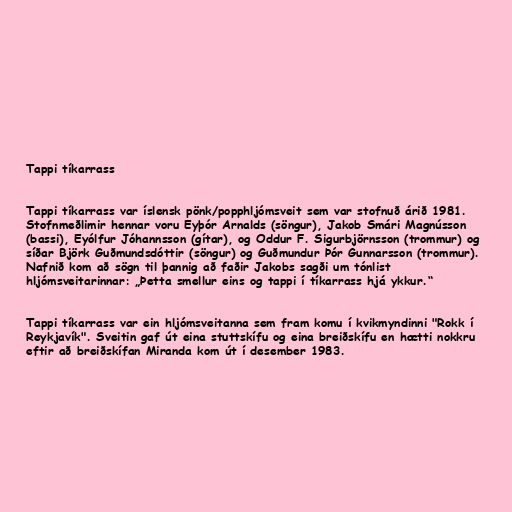
Tappi tíkarrass

Tappi tíkarrass var íslensk pönk/popphljómsveit sem var stofnuð árið 1981.
Stofnmeðlimir hennar voru Eyþór Arnalds (söngur), Jakob Smári Magnússon
(bassi), Eyólfur Jóhannsson (gítar), og Oddur F. Sigurbjörnsson (trommur) og
síðar Björk Guðmundsdóttir (söngur) og Guðmundur Þór Gunnarsson (trommur).
Nafnið kom að sögn til þannig að faðir Jakobs sagði um tónlist
hljómsveitarinnar: „Þetta smellur eins og tappi í tíkarrass hjá ykkur.“

Tappi tíkarrass var ein hljómsveitanna sem fram komu í kvikmyndinni "Rokk í
Reykjavík". Sveitin gaf út eina stuttskífu og eina breiðskífu en hætti nokkru
eftir að breiðskífan Miranda kom út í desember 1983.